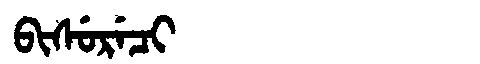
Manchu: ᠪᡳᠰᡠᡵᡝᠴᡳ
Romanization: BISURECI